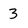
Character: 3